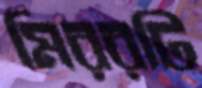
মিররটি